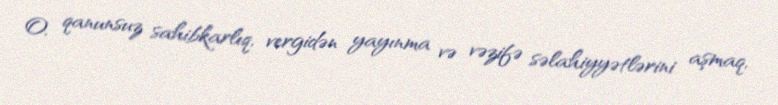
O, qanunsuz sahibkarlıq, vergidən yayınma və vəzifə səlahiyyətlərini aşmaq,